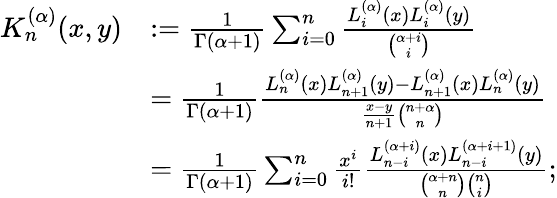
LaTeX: {\begin{array}{rl}{K_{n}^{(\alpha)}(x,y)}&{:={\frac{1}{\Gamma(\alpha+1)}}\sum_{i=0}^{n}{\frac{L_{i}^{(\alpha)}(x)L_{i}^{(\alpha)}(y)}{\binom{\alpha+i}{i}}}}\\ &{={\frac{1}{\Gamma(\alpha+1)}}{\frac{L_{n}^{(\alpha)}(x)L_{n+1}^{(\alpha)}(y)-L_{n+1}^{(\alpha)}(x)L_{n}^{(\alpha)}(y)}{{\frac{x-y}{n+1}}{\binom{n+\alpha}{n}}}}}\\ &{={\frac{1}{\Gamma(\alpha+1)}}\sum_{i=0}^{n}{\frac{x^{i}}{i!}}{\frac{L_{n-i}^{(\alpha+i)}(x)L_{n-i}^{(\alpha+i+1)}(y)}{{\binom{\alpha+n}{n}}{\binom{n}{i}}}};}\end{array}}